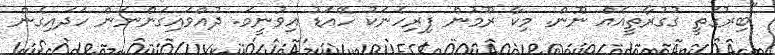
"ބިރުގަތީ ގުގުރާތީއެއް ނޫން. މިކާ ރޫމުން ފިރިހެނަކު ހޭއަޑު އިވުނީމަ. ދުއްވައިގަންނަން ހަދައިގެން